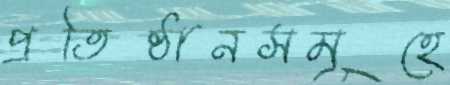
প্রতিষ্ঠানসমূহে